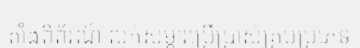
តាំងពិព័រណ៍ លក់សម្ភារប្រើប្រាស់គ្រប់ប្រភេទ